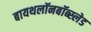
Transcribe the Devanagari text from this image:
बायथलॉनबॉब्स्लेड